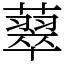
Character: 䕜